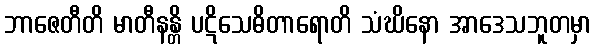
ဘာဇေတီတိ မာတီနန္တိ ပဋိသေဓိတာရောတိ သံဃိနော အာဒေသဘူတမှာ